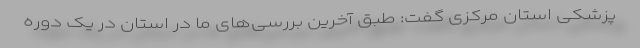
پزشکی استان مرکزی گفت: طبق آخرین بررسی‌های ما در استان در یک دوره